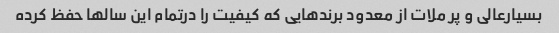
بسیارعالی و پر ملات از معدود برندهایی که کیفیت را درتمام این سالها حفظ کرده